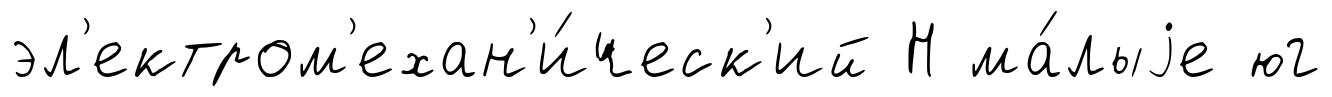
эл'ектром'ехан'и́ческ'ий Н ма́лыjе юг